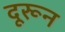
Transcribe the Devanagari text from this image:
दूरून